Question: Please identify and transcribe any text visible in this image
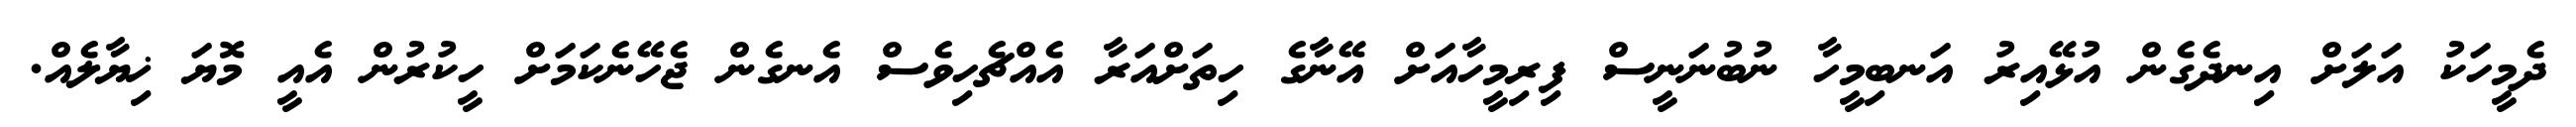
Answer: ދެމީހަކު އަލަށް އިނދެގެން އުޅޭއިރު އަނބިމީހާ ނުބުނަނީސް ފިރިމީހާއަށް އޭނާގެ ހިތަށްއަރާ އެއްޗެހިވެސް އެނގެން ޖެހޭނެކަމަށް ހީކުރުން އެއީ މޮޔަ ޚިޔާލެއް.